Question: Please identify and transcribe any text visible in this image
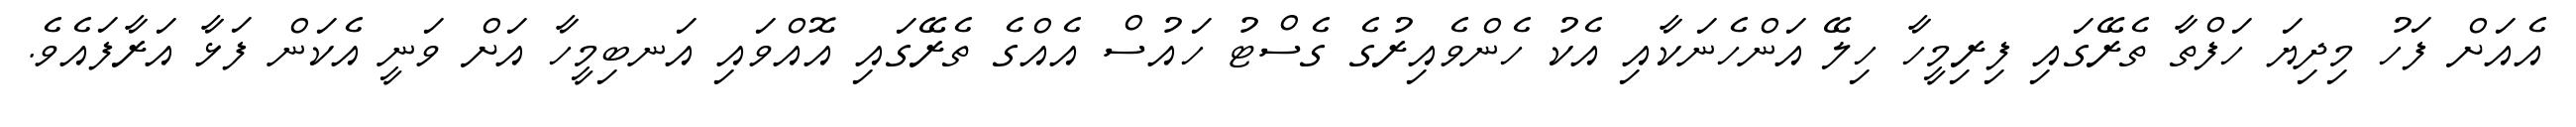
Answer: އެއަށް ފަހު މިދިޔަ ހަފްތާ ތެރޭގައި ފިރިމީހާ ހިލޭ އަންހެނަކާއި އެކު ހެންވެއިރުގެ ގެސްޓު ހައުސް އެއްގެ ތެރޭގައި އޮއްވައި އަނބިމީހާ އަށް ވަނީ އެކަން ފަޅާ އަރާފައެވެ.